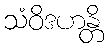
သံဝိဒဟန္တိ